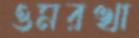
ওমরখা